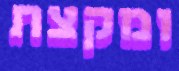
ומקצת